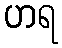
ဟရ